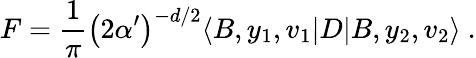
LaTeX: F=\frac{1}{\pi}\left(2\alpha^{\prime}\right)^{-d/2}\langle B,y_{1},v_{1}|D|B,y_{2},v_{2}\rangle~.